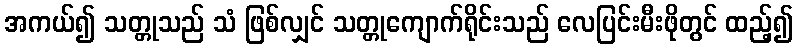
အကယ်၍ သတ္တုသည် သံ ဖြစ်လျှင် သတ္တုကျောက်ရိုင်းသည် လေပြင်းမီးဖိုတွင် ထည့်၍